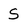
Character: S